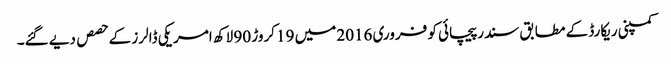
کمپنی ریکارڈ کے مطابق سندر پیچائی کو فروری 2016 میں 19 کروڑ 90 لاکھ امریکی ڈالرز کے حصص دیے گئے۔